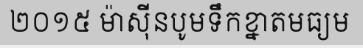
២០១៥ ម៉ាស៊ីនបូមទឹកខ្នាតមធ្យម